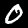
Label: 0